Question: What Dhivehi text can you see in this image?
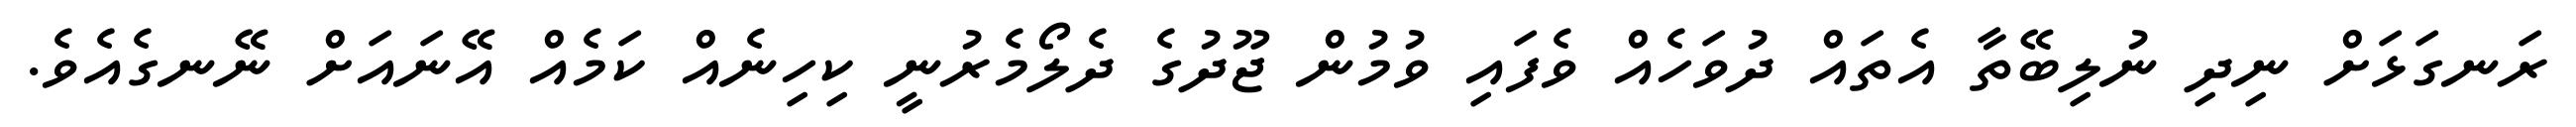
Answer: ރަނގަޅަށް ނިދި ނުލިބޭތާ އެތައް ދުވަހެއް ވެފައި ވުމުން ޖޫދުގެ ދެލޯމެރުނީ ކިހިނެއް ކަމެއް އޭނައަށް ނޭނގެއެވެ.